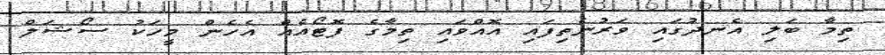
ތިމާ ބަލި އެނދުގައި ވަރުނެތިފައި އޮއްވައި ތިމާގެ ފޮޓޯއެއް އެހެން މީހަކު ސޯޝަލް